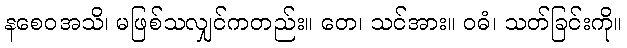
နစေဝအသိ၊ မဖြစ်သလျှင်ကတည်း။ တေ၊ သင်အား။ ဝဓံ၊ သတ်ခြင်းကို။